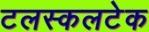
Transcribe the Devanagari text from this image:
टलस्कलटेक